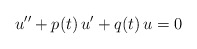
\begin{align*}u''+p(t)\,u'+q(t)\,u=0\end{align*}